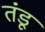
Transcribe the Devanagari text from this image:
तंडू